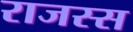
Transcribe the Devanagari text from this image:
राजस्स